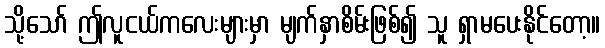
သို့သော် ဤလူငယ်ကလေးများမှာ မျက်နှာစိမ်းဖြစ်၍ သူ ရှာမပေးနိုင်တော့။